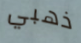
ذهبي